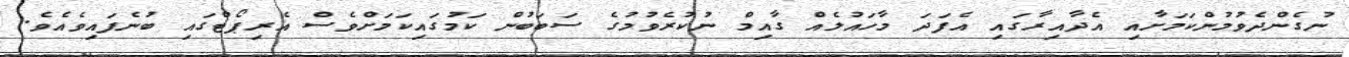
ނުގެންދެވުމުންކަމަށާއި އެދާއިރާގައި އެފަދަ މާހައުލެއް ގާއިމް ނުކުރެވުމުގެ ސަބަބުން ކަމުގައިކަމަށްވެސް އެރިޕޯޓްގައި ބުނެފައިވެއެވެ.